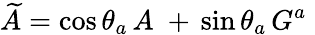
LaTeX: \widetilde{A}=\cos\theta_{a}\, A\; +\, \sin\theta_{a}\, G^{a}\;